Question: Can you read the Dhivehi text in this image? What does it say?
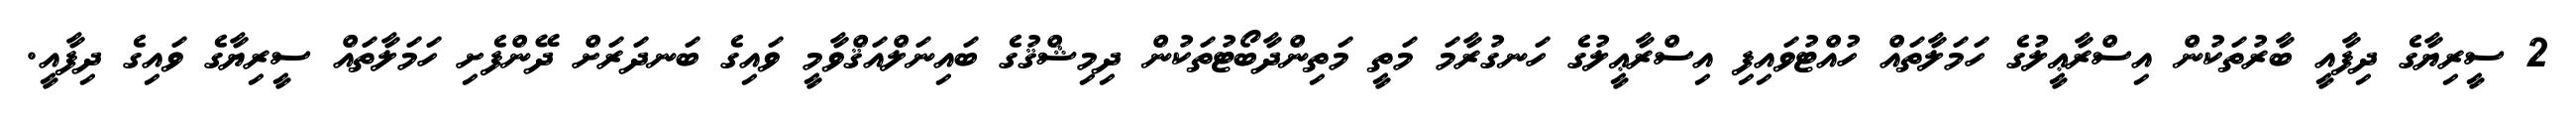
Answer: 2 ސީރިޔާގެ ދިފާއީ ބާރުތަކުން އިސްރާޢީލުގެ ހަމަލާތައް ހުއްޓުވައިފި އިސްރާޢީލުގެ ހަނގުރާމަ މަތީ މަތިންދާބޯޓުތަކުން ދިމިޝްޤުގެ ބައިނަލްއަޤްވާމީ ވައިގެ ބަނދަރަށް ދޭންފެށި ހަމަލާތައް ސީރިޔާގެ ވައިގެ ދިފާއީ.